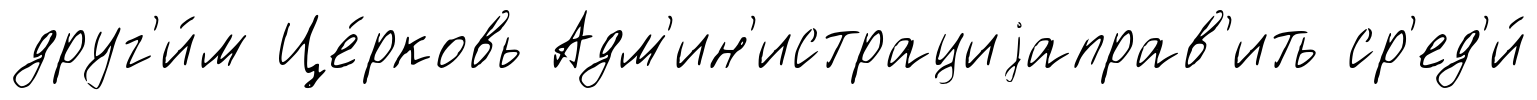
друг'и́м Це́рковь Адм'ин'истрациjаправ'ить ср'ед'и́